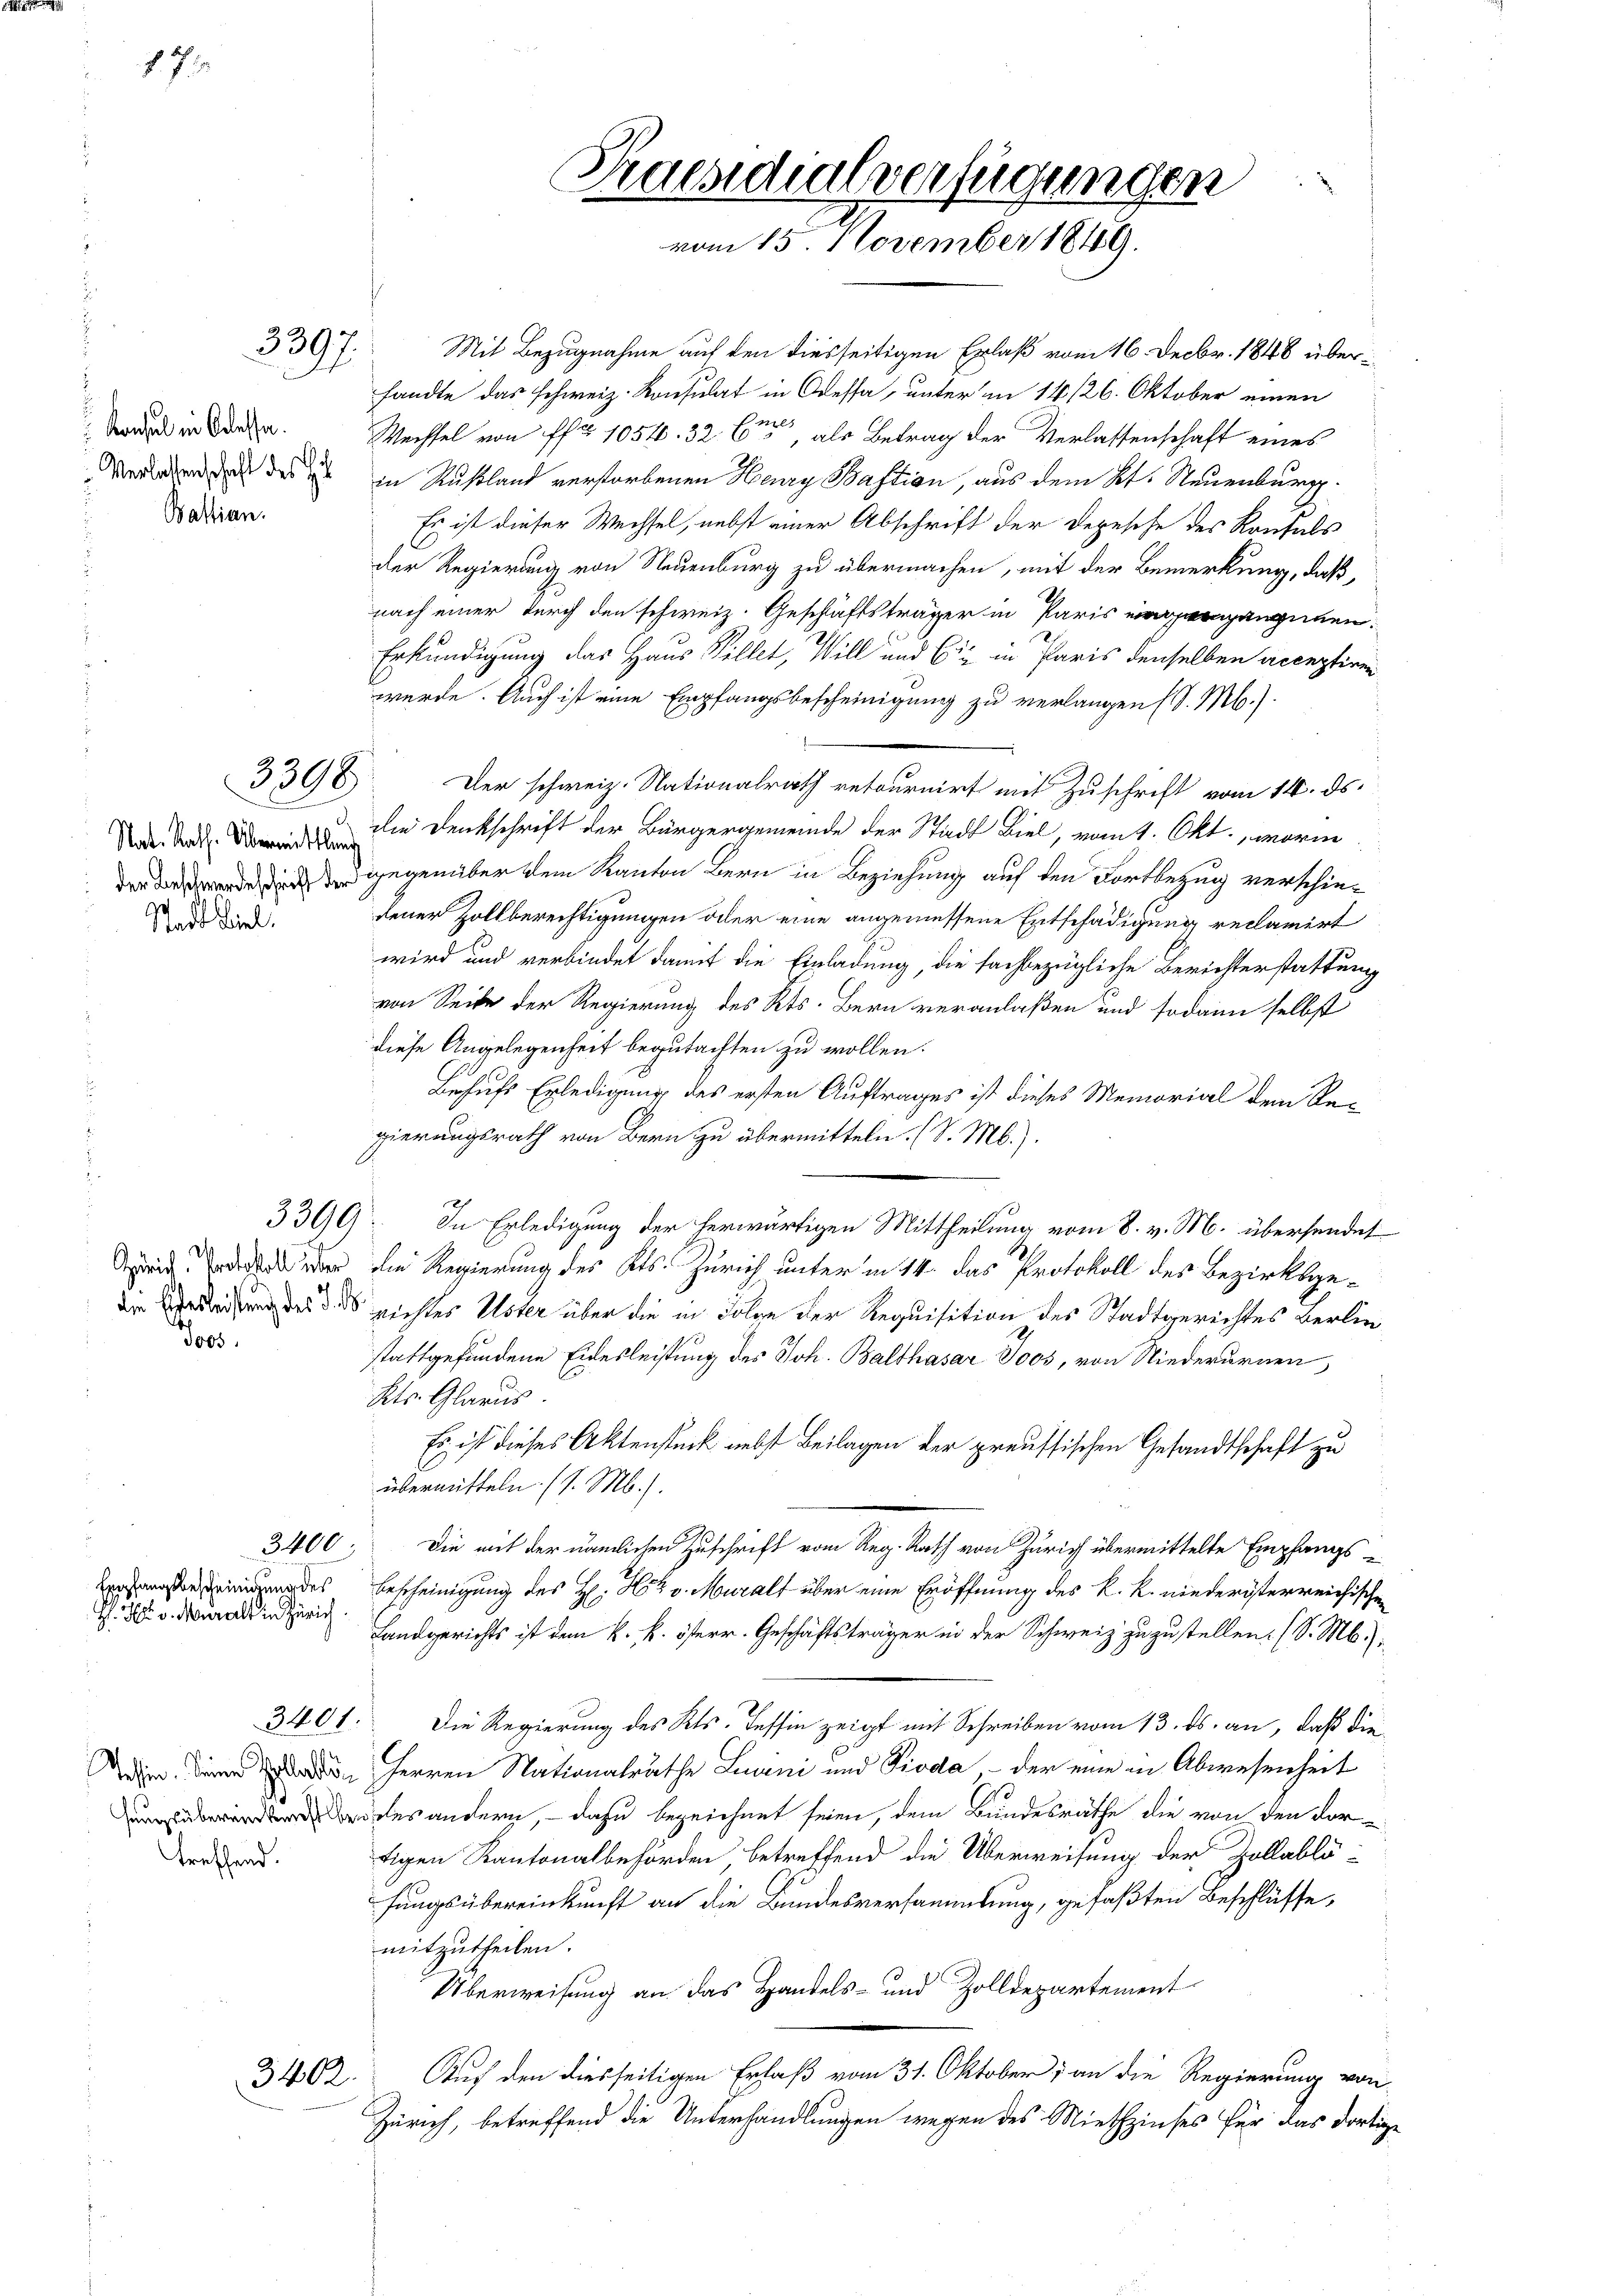
77. 1

Konsul in Belasse.
Verlassenschaft des He
Bastian.

A

Stadt Biel.

Zürich. Protocoll über
Jos.

3397

3398

Empfangsbescheinigung des
H. H. v. Muralt in Zürich

treffend.

3400.

Praesidialverfügungen
vom 15. November 1849.

Mit Bezugnahme auf den diesseitigen Erlaß vom 16. Decbr. 1848 übersandte das schweiz. Konsulat in Odessa, unter in 14/26. Oktober einen
Wechsel von fr 1054. 32 bis, als Betrag der Verlassenschaft eines
in Rußland verstorbenen Henry Bastian, aus dem Kt. Neuenburg.
Es ist dieser Wechsel, nebst einer Abschrift der Depesche des Kontals
der Regierung von Neuenburg zu übermachen, mit der Bemerkung, daß,
nach einer durch den schweiz. Geschäftsträger in Paris vergangenen.
Erkundigung das Haus Willet, Will und Ein in Paris denselben acceptiren
werde. Auch ist eine Empfangsbescheinigung zu verlangen (S. M.).
Der schweiz. Nationalrath retournirt mit Zuschrift vom 14. ds.
N da die Denkschrift der Bürgergemeinde der Stadt Biel, vom 1. Okt., worin
d gegenüber dem Kanton Bern in Beziehung auf den Fortbezug verschiedener Zollberechtigungen der eine angemessene Entschädigung reclamirt
wird und verbindet damit die Einladung, die sachbezügliche Berichterstattung
von Seite der Regierung des Kts. Bern veranlaßen und sodann selbst
diese Angelegenheit begutachten zu wollen.
Behufs Erledigung des ersten Auftrages ist dieses Memorial dem Regierungsrath von Bern zu übermitteln. (S. M.).
3390). In Erledigung der herwärtigen Mittheilung vom 8. v. M. übersendet
die Regierung des Kts. Zürich unter in 14. das Protokoll des Bezirksge-
Die Verleidung des 3. ds richtes Uster über die in Folge der Requisition des Stadtgerichtes verliestattgefundene Eidesleistung des Joh. Balthasar Joos, von Niederarnen,
Kts. Glarus.
Es ist dieses Aktenstück nebst Beilagen der preussischen Gesandtschaft zu
übermitteln. (l. M.).
3400. Die mit der nämlichen Zuschrift vom Reg. Rath von Zürich übermittelte Empfangs¬
Bescheinigung des H. H. v. Muralt über eine Eröffnung des k. k. niederösterreichische
Landgerichts ist dem k. k. österr. Geschäftsträger in der Schweiz zuzustellen. (S. M.).
3401. Die Regierung des Kts. Tessin zeigt mit Schreiben vom 13. ds. an, daß die
Wie in des Herren Nationalräthe Livini und Pioda – der eine in Abwesenheit
e des andern, – dazu bezeichnet seien, dem Bundesräthe die von den vortigen Kantonalbehörden, betreffend die Überweisung der Zollablö-
fungsübereinkunft an die Bundesversammlung, gefaßten Beschlüsse,
mitzutheilen.
Überweisung an das Handels- und Zolldepartement
Auf den diesseitigen Erlaß vom 31. Oktober, an die Regierung von
Zürich, betreffend die Unterhandlungen wegen des Miethzinses für das dortige